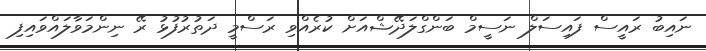
ނައިބު ރައީސް ފައިސަލް ނަސީމް ބަންގްލަދޭޝްއަށް ކުރެއްވި ރަސްމީ ދަތުރުފުޅު ރޭ ނިންމަވާލައްވައިފި